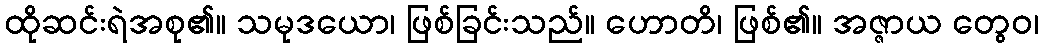
ထိုဆင်းရဲအစု၏။ သမုဒယော၊ ဖြစ်ခြင်းသည်။ ဟောတိ၊ ဖြစ်၏။ အဇ္ဇာယ တွေဝ၊